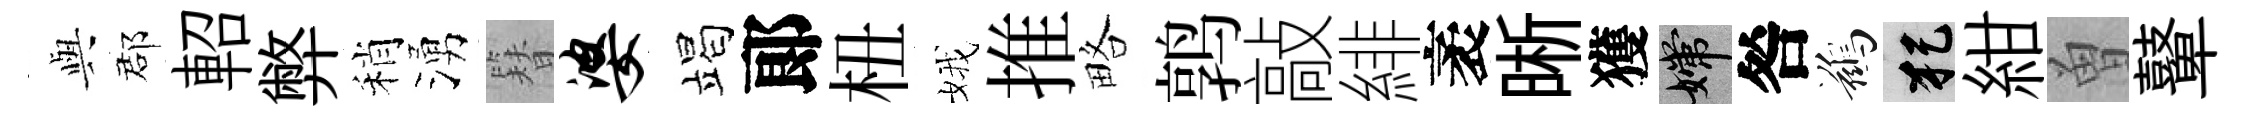
𫤰郡軺弊稍湧簪婆竭郞杻娥推略鹑敲緋袤晰獲嫦咎鷀犯紺曽鼙